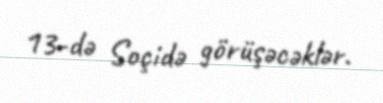
13-də Soçidə görüşəcəklər.